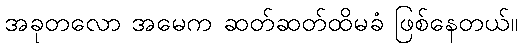
အခုတလော အမေက ဆတ်ဆတ်ထိမခံ ဖြစ်နေတယ်။